Sanitation, dispensaries and jails vaccination Rajputana 1922-1927 - 1922-1927
Year: 1922
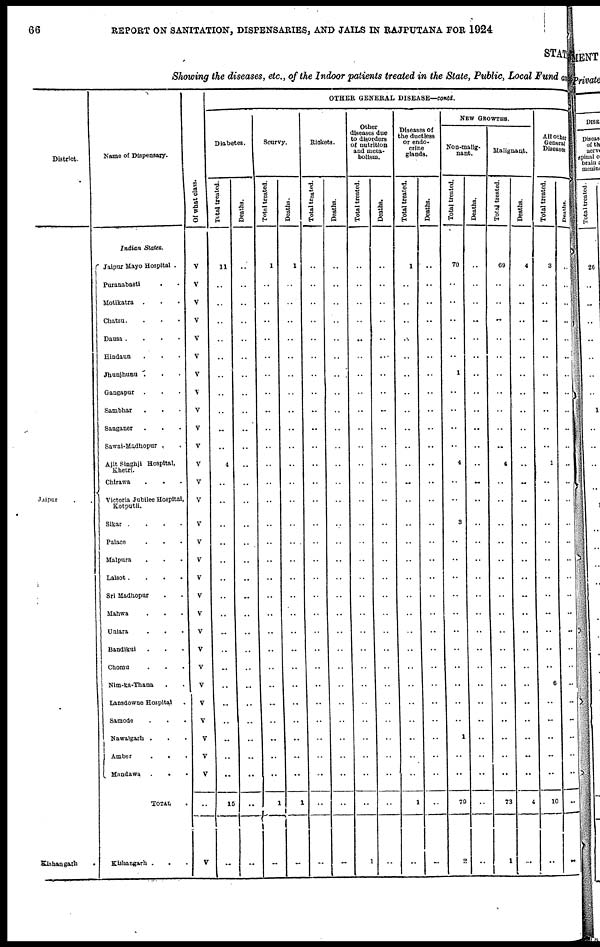
66
REPORT ON SANITATION, DISPENSARIES, AND JAILS IN RAJPUTANA FOR 1924
STAT
Showing the diseases, etc., of the Indoor patients treated in the State, Public, Local Fund and
District.
Jaipur . .
Kishangarh
.
Name of Dispensary.
Indian States.
Jaipur Mayo Hospital .
Puranabasti
. .
Motikatra . . .
Chatsu. . . .
Dausa . . . .
Hindaun . . .
Jhunjhunu . . .
Gangapur . . .
Sambhar . . .
Sanganer . . .
Sawai-Madhopur . .
Ajit Singhji Hospital,
Khetri.
Chirawa . . .
Victoria Jubilee Hospital,
Kotputli.
Sikar .
.
.
.
Palace . . .
Malpura . . .
Lalsot .
.
.
.
Sri Madhopur . .
Mahwa . . .
Uniara . . .
Bandikui . . .
Chomu . . .
Nim-ka-Thana . .
Lansdowne Hospital .
Samode . . .
Nawalgarh . . .
Amber
.
. .
Mandawa
. . .
TOTAL .
Kishangarh . . .
Of what class.
V
V
V
V
V
V
V
V
V
V
V
V
V
V
V
V
V
V
V
V
V
V
V
V
V
V
V
V
V
..
V
OTHER GENERAL DISEASE—contd.
Diabetes.
Total treated.
11
..
..
..
..
..
..
..
..
..
..
4
..
..
..
..
..
..
..
..
..
..
..
..
..
..
..
..
..
15
..
Deaths.
..
..
..
..
..
..
..
..
..
..
..
..
..
..
..
..
..
..
..
..
..
..
..
..
..
..
..
..
..
..
..
Scurvy.
Total treated.
1
..
..
..
..
..
..
..
..
..
..
..
..
..
..
..
..
..
..
..
..
..
..
..
..
..
..
..
..
1
..
Deaths.
1
..
..
..
..
..
..
..
..
..
..
..
..
..
..
..
..
..
..
..
..
..
..
..
..
..
..
..
..
1
..
Rickets.
Total treated.
..
..
..
..
..
..
..
..
..
..
..
..
..
..
..
..
..
..
..
..
..
..
..
..
..
..
..
..
..
..
..
Deaths.
..
..
..
..
..
..
..
..
..
..
..
..
..
..
..
..
..
..
..
..
..
..
..
..
..
..
..
..
..
..
..
Other
diseases due
to disorders
of nutrition
and meta-
bolism.
Total treated.
..
..
..
..
..
..
..
..
..
..
..
..
..
..
..
..
..
..
..
..
..
..
..
..
..
..
..
..
..
..
1
Deaths.
..
..
..
..
..
..
..
..
..
..
..
..
..
..
..
..
..
..
..
..
..
..
..
..
..
..
..
..
..
..
..
Diseases of
the ductless
or endo-
crine
glands.
Total treated.
1
..
..
..
..
..
..
..
..
..
..
..
..
..
..
..
..
..
..
..
..
..
..
..
..
..
..
..
..
1
..
Deaths.
..
..
..
..
..
..
..
..
..
..
..
..
..
..
..
..
..
..
..
..
..
..
..
..
..
..
..
..
..
..
..
NEW GROWTHS.
Non-malig-
nant.
Total treated.
70
..
..
..
..
..
1
..
..
..
..
4
..
..
3
..
..
..
..
..
..
..
..
..
..
..
1
..
..
79
2
Deaths.
..
..
..
..
..
..
..
..
..
..
..
..
..
..
..
..
..
..
..
..
..
..
..
..
..
..
..
..
..
..
..
Malignant.
Total treated.
69
..
..
..
..
..
..
..
..
..
..
4
..
..
..
..
..
..
..
..
..
..
..
..
..
..
..
..
..
73
1
Deaths.
4
..
..
..
..
..
..
..
..
..
..
..
..
..
..
..
..
..
..
..
..
..
..
..
..
..
..
..
..
4
..
All other
General
Diseases
Total treated.
3
..
..
..
..
..
..
..
...
..
..
1
..
..
..
..
..
..
..
..
..
..
..
6
..
..
..
..
..
10
..
Deaths.
..
..
..
..
..
..
..
..
..
..
..
..
..
..
..
..
..
..
..
..
..
..
..
..
..
..
..
..
..
..
..